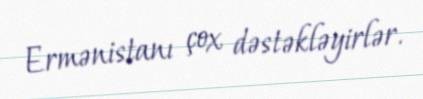
Ermənistanı çox dəstəkləyirlər.